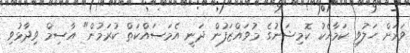
ވަރަށް ހަލުވި ކަމާއެކު ކޮމިޝަނުގެ މުވައްޒަފުން ދަނީ އެމަސައްކަތް ކުރަމުން" އާސިމް ވިދާޅުވި